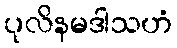
ပုလိနမဒါသဟံ